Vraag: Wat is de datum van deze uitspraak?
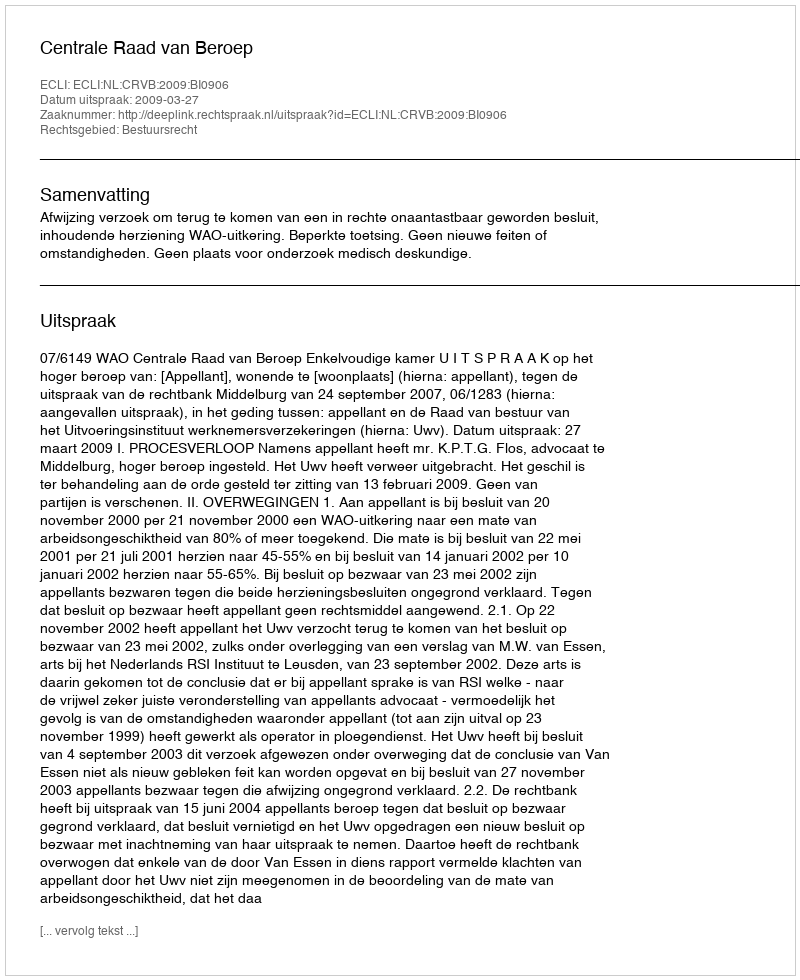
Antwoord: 2009-03-27